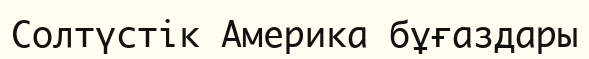
Солтүстік Америка бұғаздары